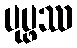
ပုပ္ဖဿ